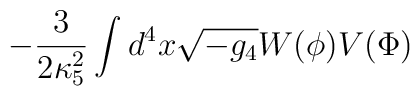
-\frac{3}{2\kappa_5^2}\int d^4x \sqrt {-g_4}W(\phi)V(\Phi)